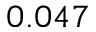
0 . 0 4 7